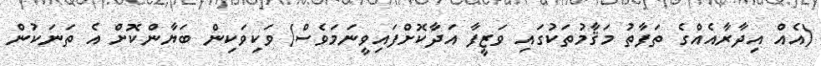
(އެއް އިދާރާއެއްގެ ތަފާތު މަޤާމުތަކުގައި ވަޒީފާ އަދާކޮށްފައިވީނަމަވެސް) ވަކިވަކިން ބަޔާންކޮށް އެ ތަނަކުން